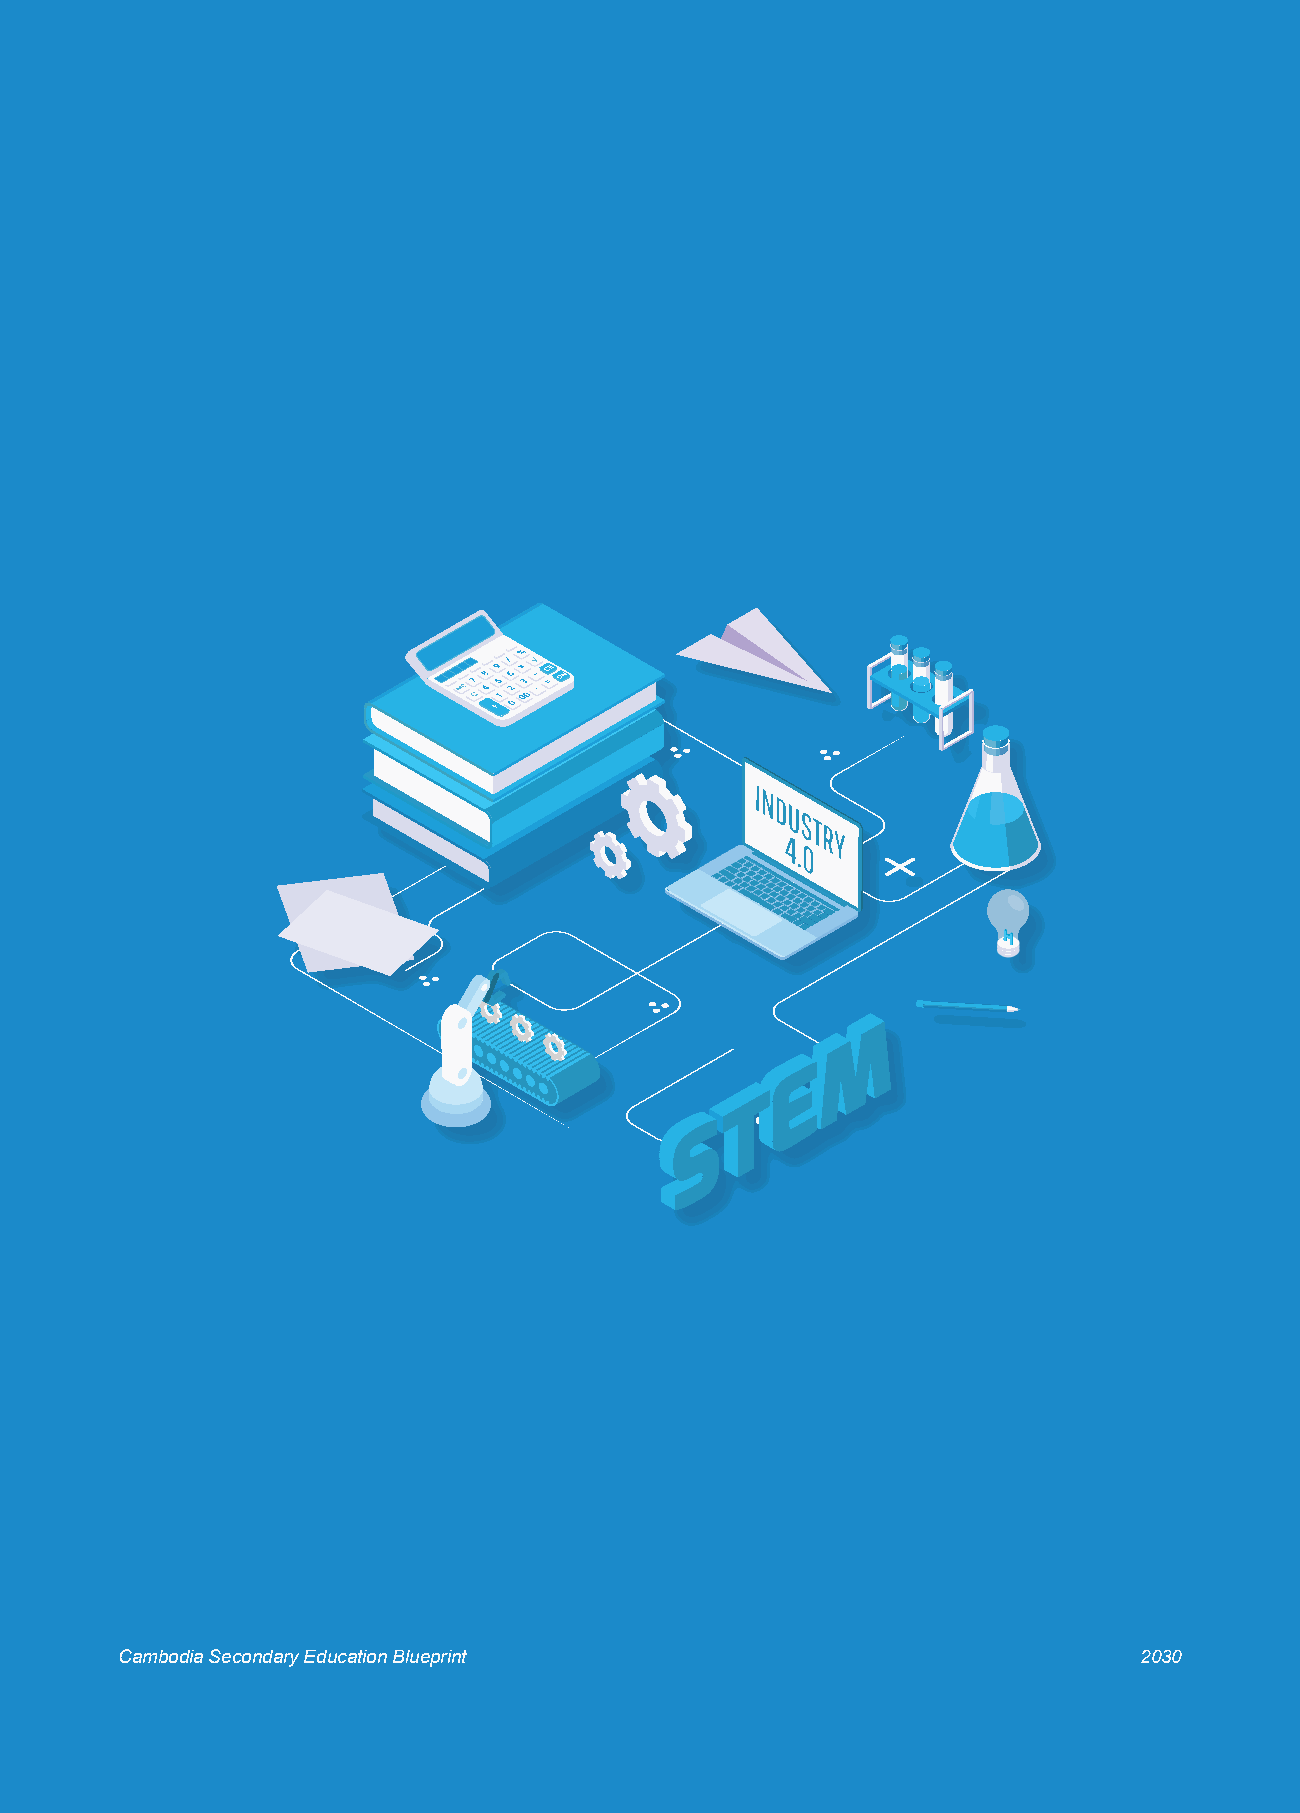
Unofficial Translation
 Cambodia Secondary Education Blueprint                             2030
 Page 87                              Cambodia Secondary Education Blueprint (CAMSEB) 2030